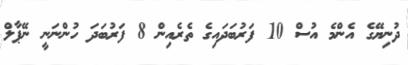
ދުނިޔޭގެ އެންމެ އުސް 10 ފަރުބަދައިގެ ތެރެއިން 8 ފަރުބަދަ ހުންނަނީ ނޭޕާލް